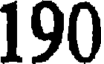
190